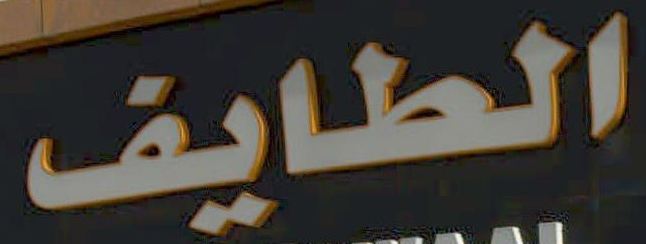
الطايف